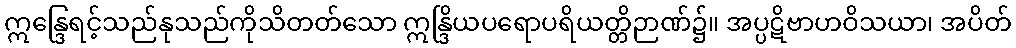
ဣန္ဒြေရင့်သည်နုသည်ကိုသိတတ်သော ဣန္ဒြိယပရောပရိယတ္တိဉာဏ်၌။ အပ္ပဋိဗာဟဝိသယာ၊ အပိတ်